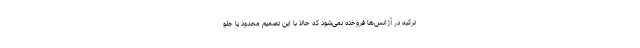
ترکیه در آژانس‌ها فروخته نمی‌شود که حالا با این تصمیم محدود یا جلو